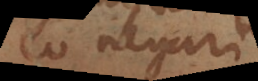
eo negari